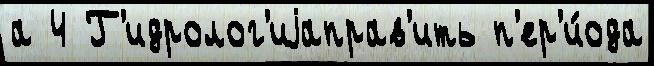
а 4 Г'идролог'иjаправ'ить п'ер'и́ода